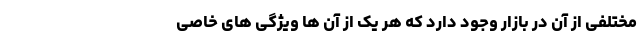
مختلفی از آن در بازار وجود دارد که هر یک از آن ها ویژگی های خاصی